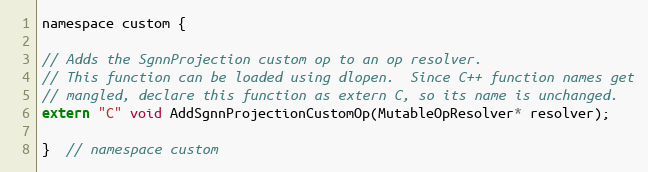
Language: C
namespace custom {

// Adds the SgnnProjection custom op to an op resolver.
// This function can be loaded using dlopen.  Since C++ function names get
// mangled, declare this function as extern C, so its name is unchanged.
extern "C" void AddSgnnProjectionCustomOp(MutableOpResolver* resolver);

}  // namespace custom